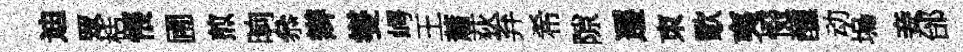
迪眾栝悵圃煎晌叅辫燮崿王蕭荻弃希隙遷朿歜夷惙醺动塢妾邰